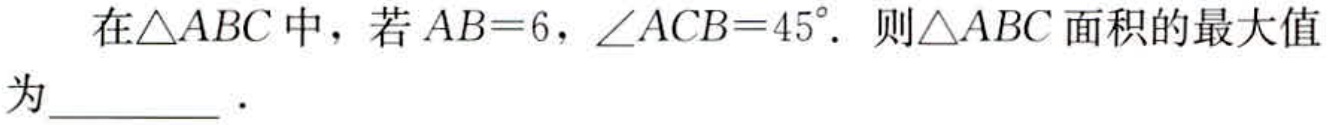
在$\triangle ABC$中，若$AB = 6$，$\angle ACB = 45^{\circ}$．则$\triangle ABC$面积的最大值为  ．